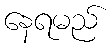
နေရမည်